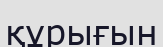
құрығын